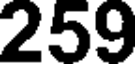
259